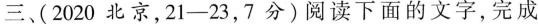
三、(2020 北京，21-23，7 分)阅读下面的文字，完成